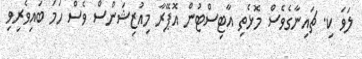
ލަވަ ކި. ޗައިނާގެވެސް މޮޅެތި އާޓިސްޓުން އޮޕޭރާ މިއުޒިޝަންސް ވެސް ހަމަ ބައިވެރިވި